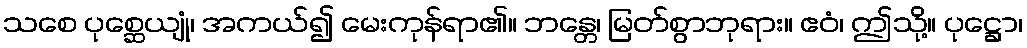
သစေ ပုစ္ဆေယျုံ၊ အကယ်၍ မေးကုန်ရာ၏။ ဘန္တေ၊ မြတ်စွာဘုရား။ ဧဝံ၊ ဤသို့။ ပုဋ္ဌော၊